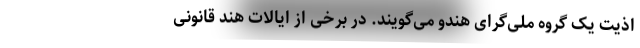
اذیت یک گروه ملی‌گرای هندو می‌گویند. در برخی از ایالات هند قانونی